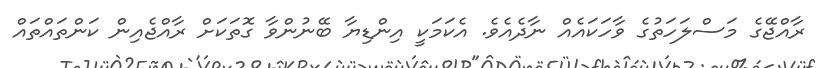
ރާއްޖޭގެ މަސްލަހަތުގެ ވާހަކައެއް ނާދެއެވެ. އެކަމަކީ އިންޑިޔާ ބޭނުންވާ ގޮތަކަށް ރާއްޖެއިން ކަންތައްތައް